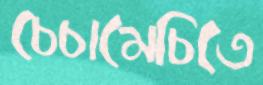
চেচামেচিতে